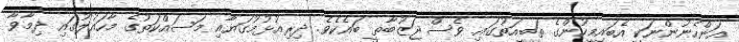
އަންހެނުންނަކީ އެބައިމީހުންގެ ތަބީއަތުގައި ވެސް ޖަޒުބާތީ ބައެކެވެ. ދިރިއުޅުމުގަޔާއި މަސައްކަތުގެ މާހައުލުގައި ދިމާވާ